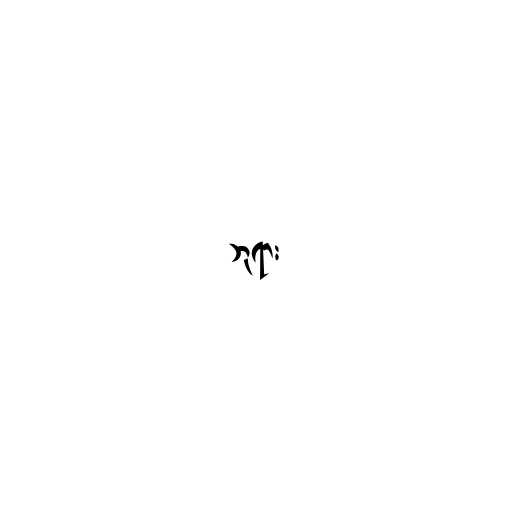
ဘုရား